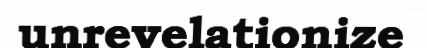
unrevelationize